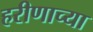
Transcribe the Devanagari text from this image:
हरीणाच्या